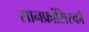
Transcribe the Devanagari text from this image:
सानफ्रांसिस्को